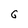
Character: G